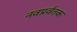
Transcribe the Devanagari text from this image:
नवप्रर्वतक